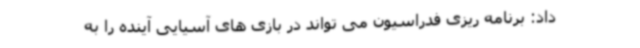
داد: برنامه ریزی فدراسیون می تواند در بازی های آسیایی آینده را به